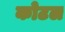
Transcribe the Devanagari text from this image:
कोटल